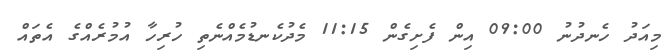
މިއަދު ހެނދުނު 09:00 އިން ފެށިގެން 11:15 މެދުކެނޑުމެއްނެތި ހުރިހާ އުމުރެއްގެ އެތައް